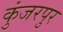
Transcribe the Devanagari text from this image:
कुंजरपुर